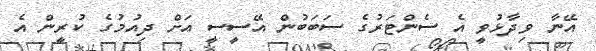
އޭނާ ވިދާޅުވީ އެ ސެންޓަރުގެ ސަބަބުން އޭސީސީ އަށް ދިއުމުގެ ކުރީން އެ